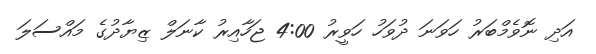
އަދި ނޮވެމްބަރު ހަވަނަ ދުވަހު ހަވީރު 4:00 ޖަހާއިރު ކާނަލް ޒިޔާދުގެ މައްސަލަ